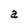
Character: a